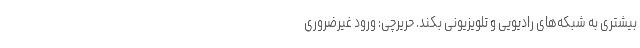
بیشتری به شبکه‌های رادیویی و تلویزیونی بکند. حریرچی: ورود غیرضروری